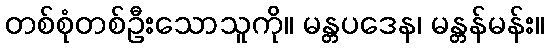
တစ်စုံတစ်ဦးသောသူကို။ မန္တပဒေန၊ မန္တန်မန်း။